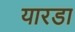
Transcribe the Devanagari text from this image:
यारडा